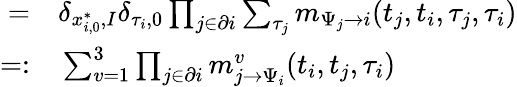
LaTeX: \begin{array}{rl}{=}&{{}\delta_{x_{i,0}^{*},I}\delta_{\tau_{i},0}\prod_{j\in\partial i}\sum_{\tau_{j}}m_{\Psi_{j}\to i}(t_{j},t_{i},\tau_{j},\tau_{i})}\\ {=:}&{{}\sum_{v=1}^{3}\prod_{j\in\partial i}m_{j\to\Psi_{i}}^{v}(t_{i},t_{j},\tau_{i})}\end{array}